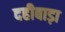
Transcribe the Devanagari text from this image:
दहीबाड़ा